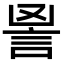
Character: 𧦙